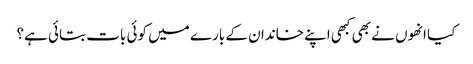
کیا انھوں نے بھی کبھی اپنے خاندان کے بارے میں کوئی بات بتائی ہے؟